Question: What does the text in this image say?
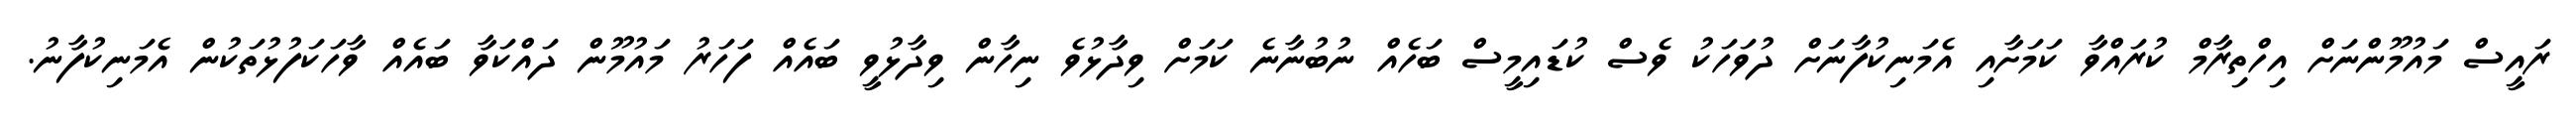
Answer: ރައީސް މައުމޫންނަށް އިހްތިރާމް ކުރައްވާ ކަމަށާއި އެމަނިކުފާނަށް ދުވަހަކު ވެސް ކުޑައިމީސް ބަހެއް ނުބުނާނެ ކަމަށް ވިދާޅުވެ ނިހާން ވިދާޅުވީ ބައެއް ފަހަރު މައުމޫން ދައްކަވާ ބައެއް ވާހަކަފުޅުތަކުން އެމަނިކުފާނު.